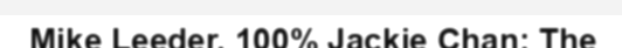
Mike Leeder. 100% Jackie Chan: The